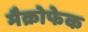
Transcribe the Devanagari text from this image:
मैक्रोफेक